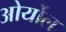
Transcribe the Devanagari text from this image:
ओर्योल